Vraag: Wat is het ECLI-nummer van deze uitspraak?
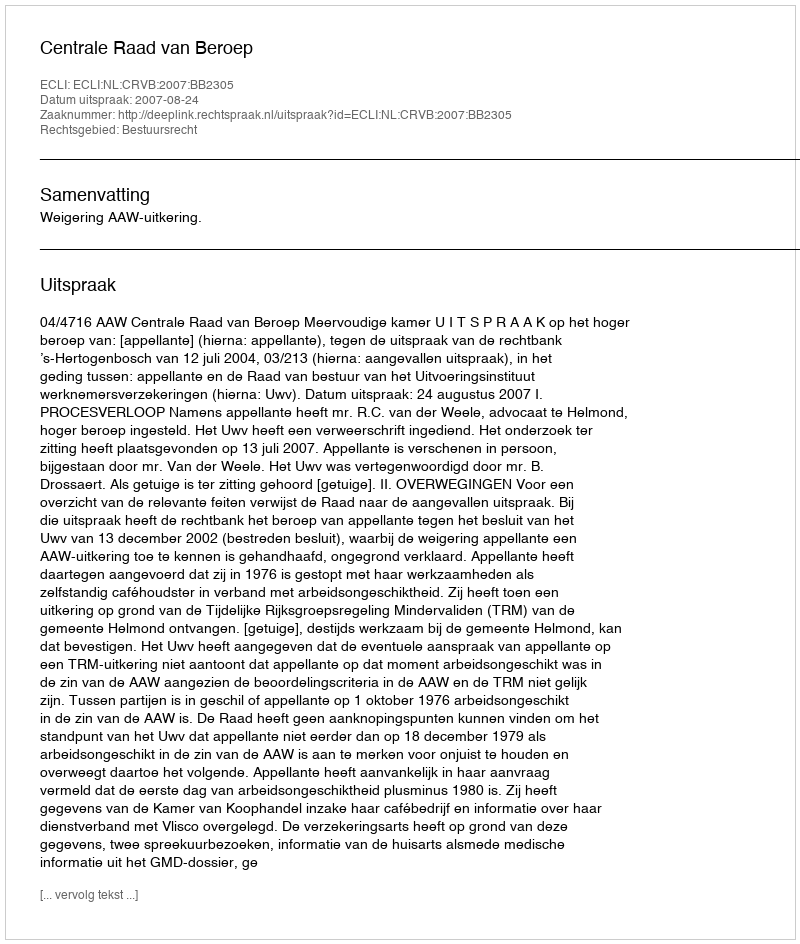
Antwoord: ECLI:NL:CRVB:2007:BB2305